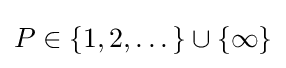
P\in \{1,2,\dots \}\cup \{\infty \}